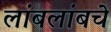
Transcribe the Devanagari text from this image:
लांबलांबचे